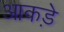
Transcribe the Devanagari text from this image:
आकडे़